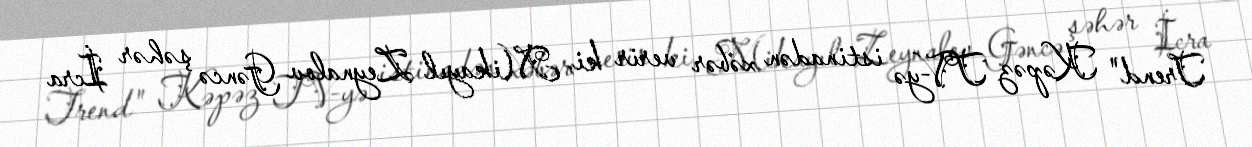
Trend" Kəpəz TV-yə istinadən xəbər verir ki, Mikayıl Zeynalov Gəncə şəhər İcra